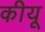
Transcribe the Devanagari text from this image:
कीयू